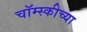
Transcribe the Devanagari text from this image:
चॉम्स्कीच्या